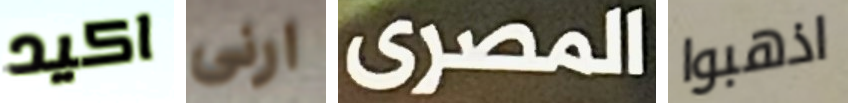
اكيد ارنى المصرى اذهبوا